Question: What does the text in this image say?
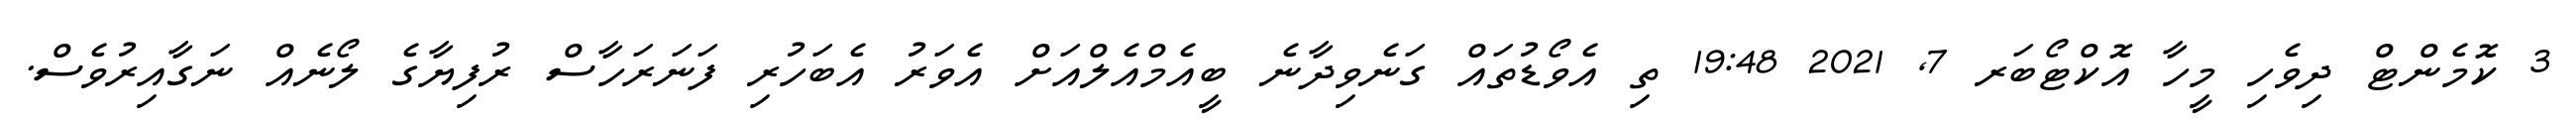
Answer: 3 ކޮމެންޓް ދިވެހި މީހާ އޮކްޓޯބަރ 7, 2021 19:48 ތި އެވޯޑުތައް ގަނެވިދާނެ ބީއެމްއެލްއަށް އެވަރު އެބަހުރި ފަނަރަހާސް ރުފިޔާގެ ލޯނެއް ނަގާއިރުވެސް.